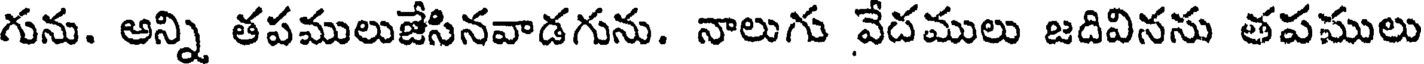
గును. అన్ని తపములుజేసినవాడగును. నాలుగు వేదములు జదివినసు తపములు